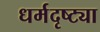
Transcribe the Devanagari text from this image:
धर्मदृष्ट्या